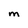
Character: M